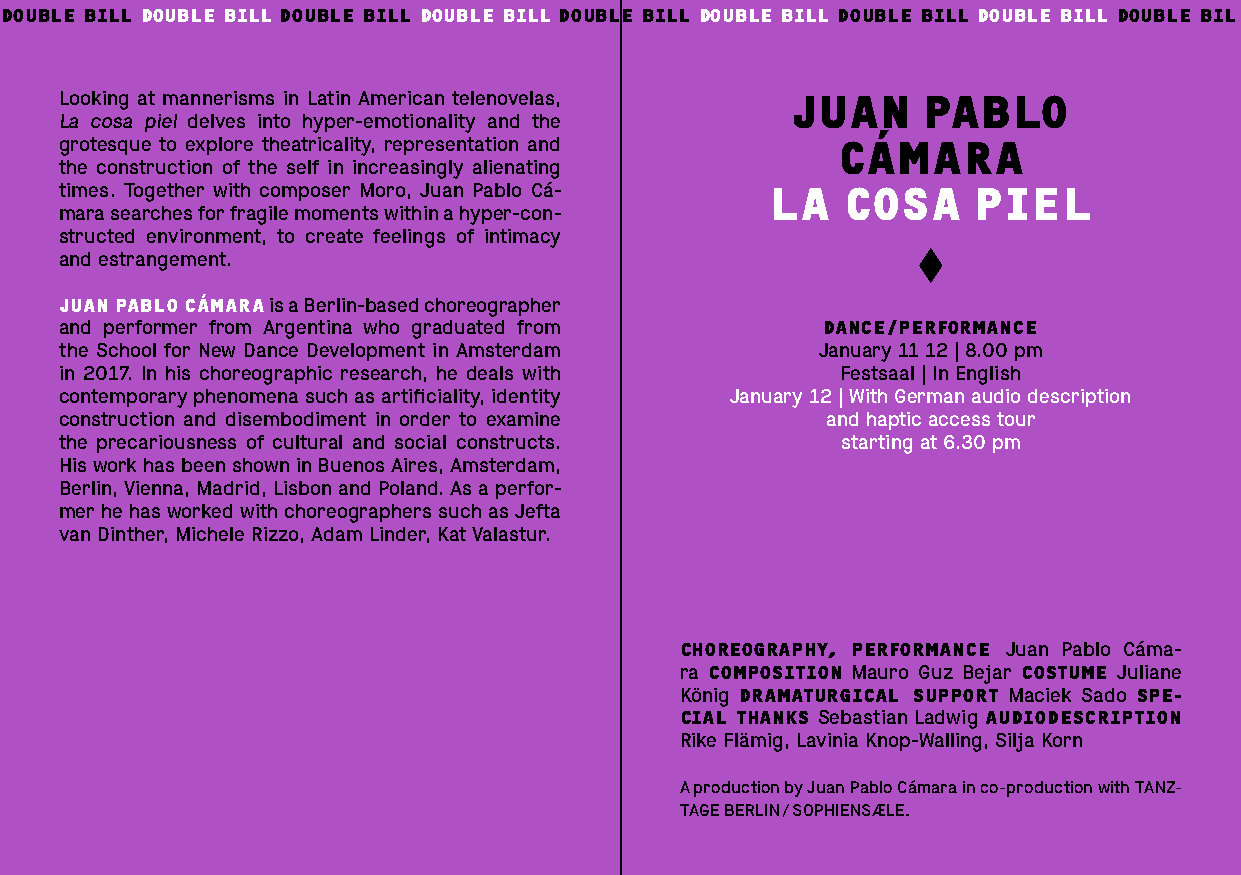
DOUBLE BILL DOUBLE BILL DOUBLE BILL DOUBLE BILL DOUBLE BILL DOUBLE BILL DOUBLE BILL DOUBLE BILL DOUBLE BIL
 Looking at mannerisms in Latin American telenovelas, JUAN PABLO
 La cosa piel delves into hyper-emotionality and the
 grotesque to explore theatricality, representation and CÁMARA
 the construction of the self in increasingly alienating
 times. Together with composer Moro, Juan Pablo Cá- LA COSA  PIEL
 mara searches for fragile moments within a hyper-con-
 structed environment, to create feelings of intimacy
 and estrangement.
 JUAN PABLO CÁMARA is a Berlin-based choreographer
 and performer from Argentina who graduated from   DANCE/PERFORMANCE
 the School for New Dance Development in Amsterdam January 11 12 | 8.00 pm
 in 2017. In his choreographic research, he deals with Festsaal | In English
 contemporary phenomena such as artificiality, identity January 12 | With German audio description
 construction and disembodiment in order to examine and haptic access tour
 the precariousness of cultural and social constructs. starting at 6.30 pm
 His work has been shown in Buenos Aires, Amsterdam,
 Berlin, Vienna, Madrid, Lisbon and Poland. As a perfor-
 mer he has worked with choreographers such as Jefta
 van Dinther, Michele Rizzo, Adam Linder, Kat Valastur.
 CHOREOGRAPHY, PERFORMANCE Juan Pablo Cáma-
 ra COMPOSITION Mauro Guz Bejar COSTUME Juliane
 König DRAMATURGICAL SUPPORT Maciek Sado SPE-
 CIAL THANKS Sebastian Ladwig AUDIODESCRIPTION
 Rike Flämig, Lavinia Knop-Walling, Silja Korn
 A production by Juan Pablo Cámara in co-production with TANZ-
 TAGE BERLIN / SOPHIENSÆLE.